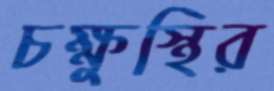
চক্ষুস্থির